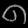
Digit: ၈